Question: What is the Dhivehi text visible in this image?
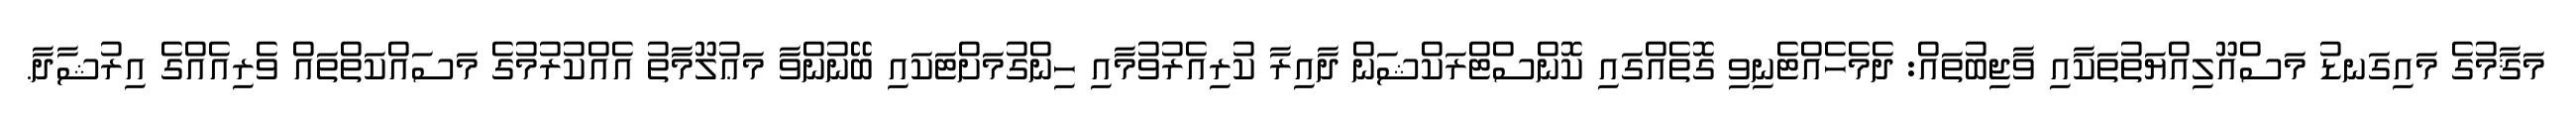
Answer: މަޤާމުގެ މައިގަނޑު މަސްއޫލިއްޔަތުތަކާއި ވާޖިބުތައް: ދެމެހެއްޓެނިވި ގޮތެއްގައި ކޮންސްޓްރަކްޝަން ދާއިރާ ކުރިއެރުވުމާއި ހިންގުމަށްޓަކައި ބޭނުންވާ މަޢުލޫމާތު އެއްކުރުމުގެ މަސައްކަތްތައް ވެރިއެއްގެ އިރުޝާދާ.